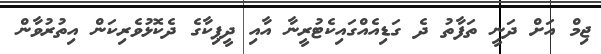
ޖިމް އަށް ދަނީ ތަފާތު ދެ ގަޑިއެއްގައިކެޓުރީނާ އާއި ދީޕިކާގެ ދެކޮޅުވެރިކަން އިތުރުވާން